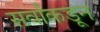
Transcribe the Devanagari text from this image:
सर्वांकडून